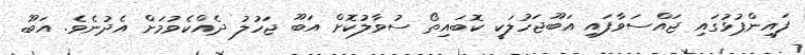
ފައިންޕުޅުގައި ޖައްސަވާފައި އަބޫޖަހުލަކީ ކޮބައިތޯ ސުވާލުކޮށް އަބޫ ޖަހުލު ދެއްކެވުމަށް އެދުނެވެ. އަބޫ